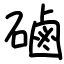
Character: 磠